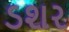
ડશર